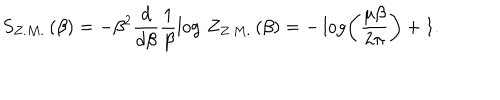
S _ { Z . M . } \left( \beta \right) = - \beta ^ { 2 } \frac { d } { d \beta } \frac { 1 } { \beta } \log \, Z _ { Z . M . } \left( \beta \right) = - \log \left( \frac { \mu \beta } { 2 \pi } \right) + 1 .